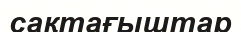
сақтағыштар